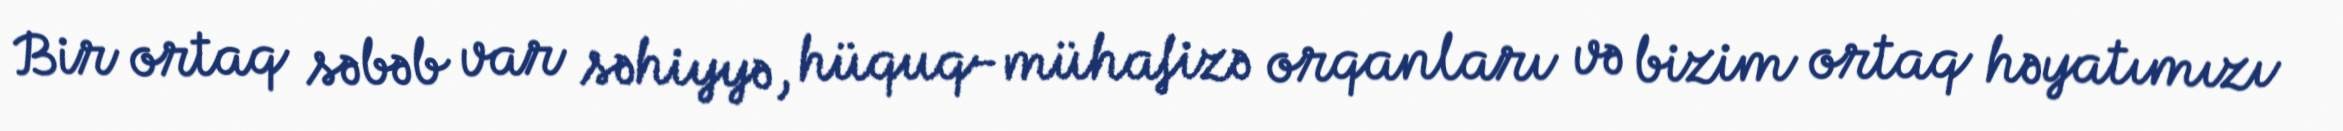
Bir ortaq səbəb var səhiyyə, hüquq-mühafizə orqanları və bizim ortaq həyatımızı